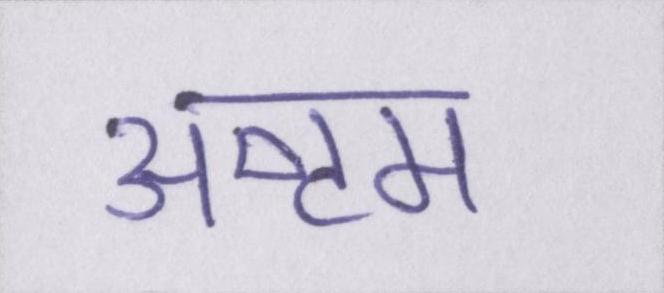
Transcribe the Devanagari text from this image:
अष्टम